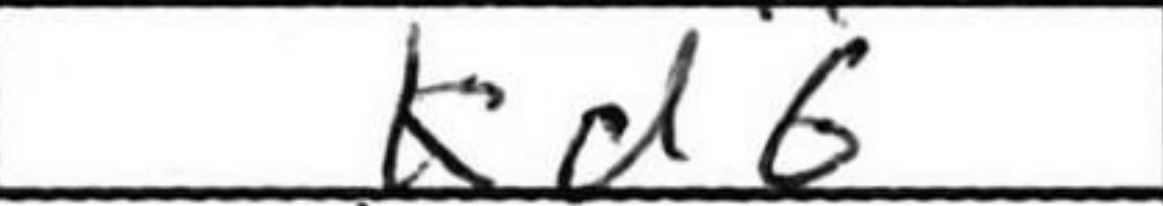
Transcription: Kd6